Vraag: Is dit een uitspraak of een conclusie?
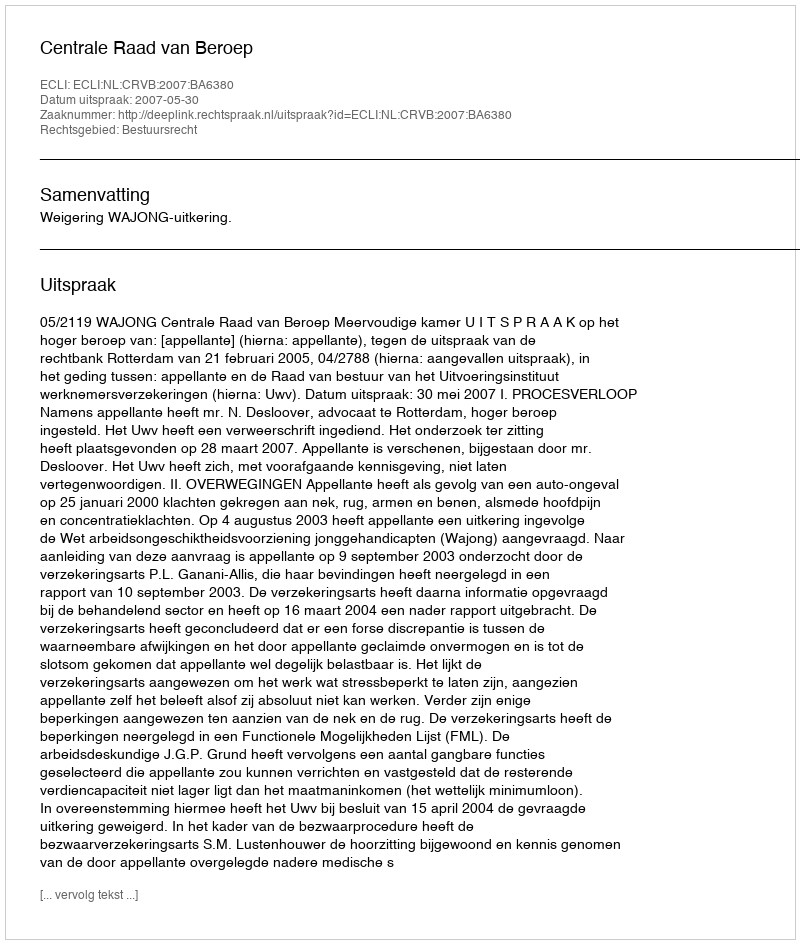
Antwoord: Uitspraak